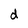
Character: d